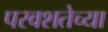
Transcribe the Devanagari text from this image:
परवशतेच्या